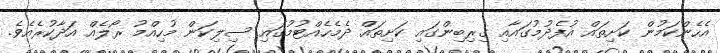
އެހެންކަމުން ކަށިތައް އުފެދުމުގައާއި ގިރިބިންގައި ކަށިތައް ދެމެހެއްޓުމުގައި ސިލިކަން މުހިއްމު ރޯލެއް އަދާކުރެއެވެ.